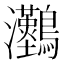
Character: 𤅼